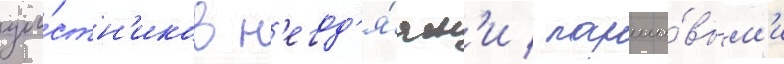
уча́стн'иков н'егод'я́ям'и / парши́вым'и